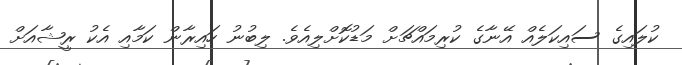
ކުލައިގެ ސައިކަލެެއް އޭނާގެ ކުރިމައްޗަށް މަޑުކޮށްލިއެވެ. ލިބުނު ހައިރާން ކަމާއި އެކު ރީޝާއަށް